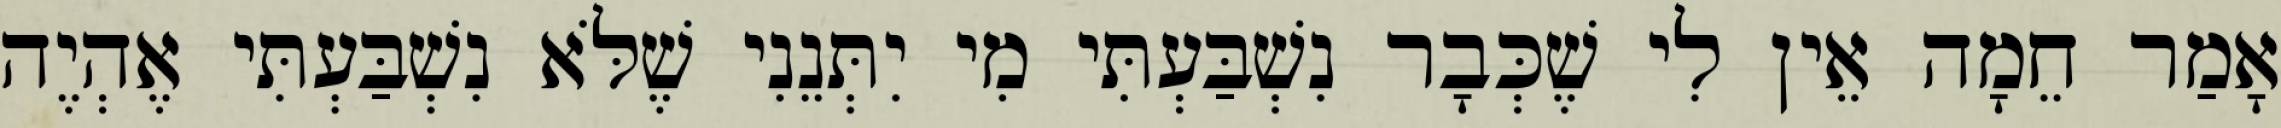
אָמַר חֵמָה אֵין לִי שֶׁכְּבָר נִשְׁבַּעְתִּי מִי יִתְּנֵנִי שֶׁלֹּא נִשְׁבַּעְתִּי אֶהְיֶה